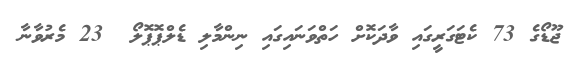
ޖޫޑޯގެ 73 ކެޓަގަރީގައި ވާދަކޮށް ހަތްވަނައިގައި ނިންމާލި ޑެލްޕޮޕޮލޯ  23 މެރުވާނާ